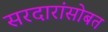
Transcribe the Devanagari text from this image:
सरदारांसोबत